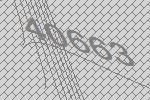
40663